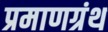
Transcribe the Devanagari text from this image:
प्रमाणग्रंथ